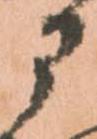
部